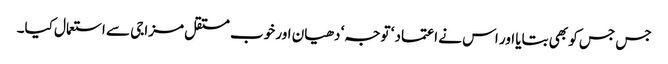
جس جس کو بھی بتایا اور اس نے اعتماد ‘ توجہ‘ دھیان اور خوب مستقل مزاجی سے استعمال کیا۔